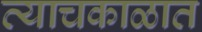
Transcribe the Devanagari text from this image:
त्याचकाळात